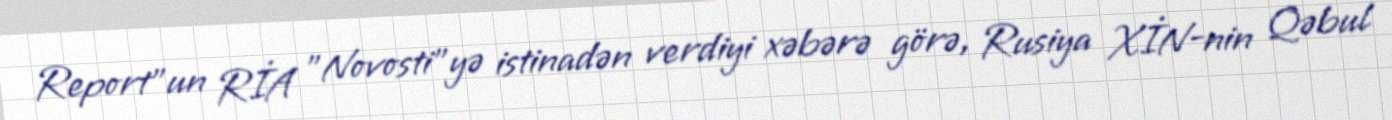
Report"un RİA "Novosti"yə istinadən verdiyi xəbərə görə, Rusiya XİN-nin Qəbul